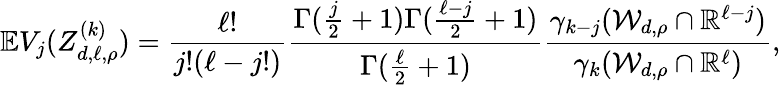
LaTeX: \mathbb{E}V_{j}(Z_{d,\ell,\rho}^{(k)})={\frac{\ell!}{j!(\ell-j!)}}{\frac{\Gamma({\frac{j}{2}}+1)\Gamma({\frac{\ell-j}{2}}+1)}{\Gamma({\frac{\ell}{2}}+1)}}{\frac{\gamma_{k-j}(\mathcal{W}_{d,\rho}\cap\mathbb{R}^{\ell-j})}{\gamma_{k}(\mathcal{W}_{d,\rho}\cap\mathbb{R}^{\ell})}},